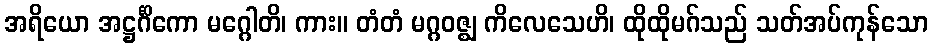
အရိယော အဋ္ဌင်္ဂိကော မဂ္ဂေါတိ၊ ကား။ တံတံ မဂ္ဂဝဇ္ဈ ကိလေသေဟိ၊ ထိုထိုမဂ်သည် သတ်အပ်ကုန်သော